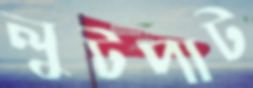
লুটপাট